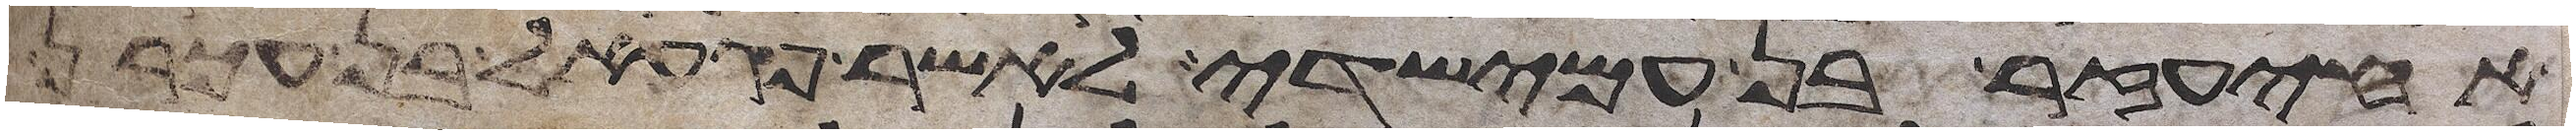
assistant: אחיעזר בן עמישדי לאשר פגעאל בן עכרן